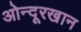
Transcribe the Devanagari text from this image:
ओन्दूरखान